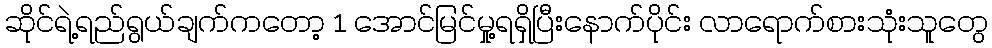
ဆိုင်ရဲ့ရည်ရွယ်ချက်ကတော့ 1 အောင်မြင်မှု့ရရှိပြီးနောက်ပိုင်း လာရောက်စားသုံးသူတွေ